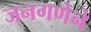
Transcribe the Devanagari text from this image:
जनगणेने